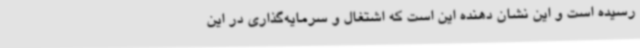
رسیده است و این نشان دهنده این است که اشتغال و سرمایه‌گذاری در این